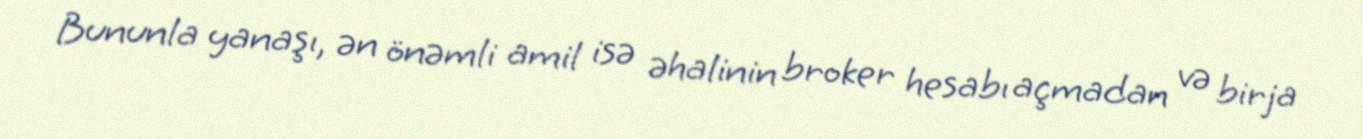
Bununla yanaşı, ən önəmli amil isə əhalinin broker hesabı açmadan və birja